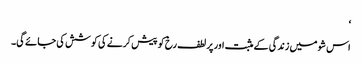
‘
اس شو میں زندگی کے مثبت اور پر لطف رخ کو پیش کرنے کی کوشش کی جائے گی۔